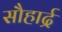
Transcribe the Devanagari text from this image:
सौहार्द्र